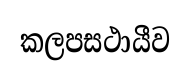
කලපසථායීව